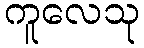
ကူလေသု